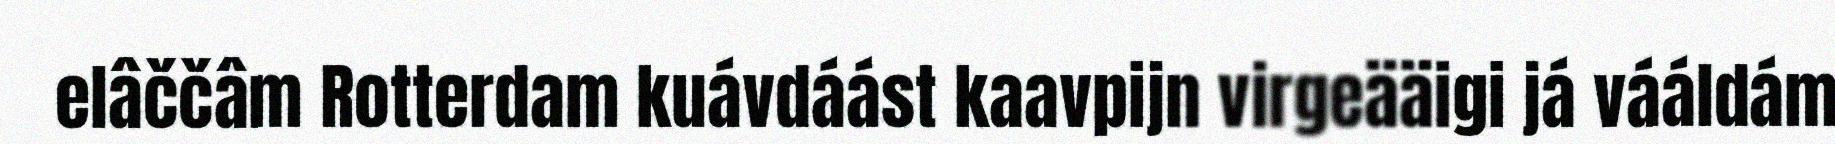
elâččâm Rotterdam kuávdáást kaavpijn virgeääigi já vááldám